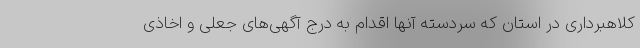
کلاهبرداری در استان که سردسته آنها اقدام به درج آگهی‌های جعلی و اخاذی